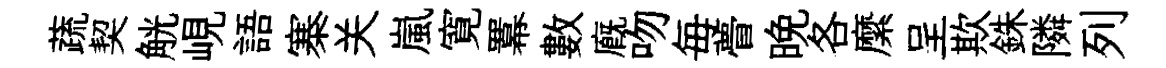
蔬契觥峴語寨关嵐寛羃數廐吻毎瞢晚各縻呈欺銖隣列